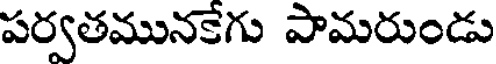
పర్వతమునకేగు పామరుండు